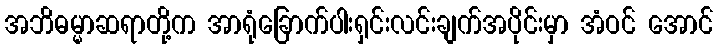
အဘိဓမ္မာဆရာတို့က အာရုံခြောက်ပါးရှင်းလင်းချက်အပိုင်းမှာ အံဝင် အောင်